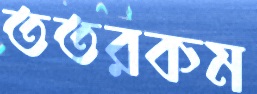
ততরকম